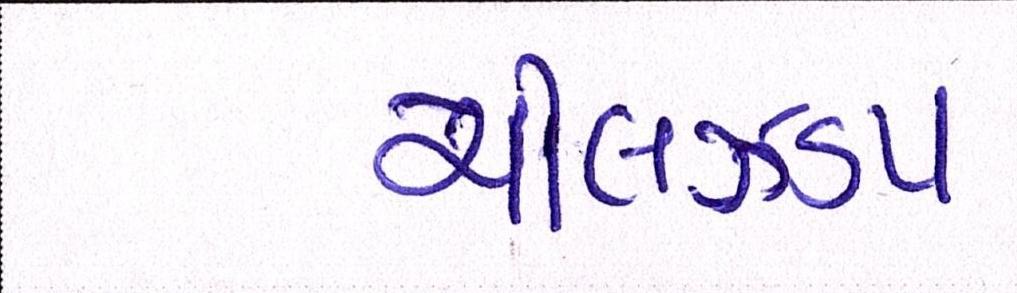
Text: ચીલઝડપ